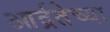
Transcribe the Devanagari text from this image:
आर्द्रतेच्या